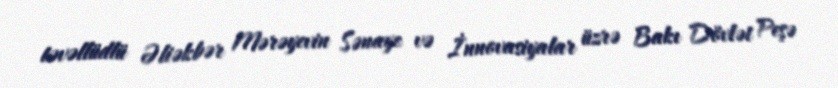
təvəllüdlü Əliəkbər Mərəyevin Sənaye və İnnovasiyalar üzrə Bakı Dövlət Peşə